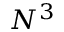
N ^ { 3 }